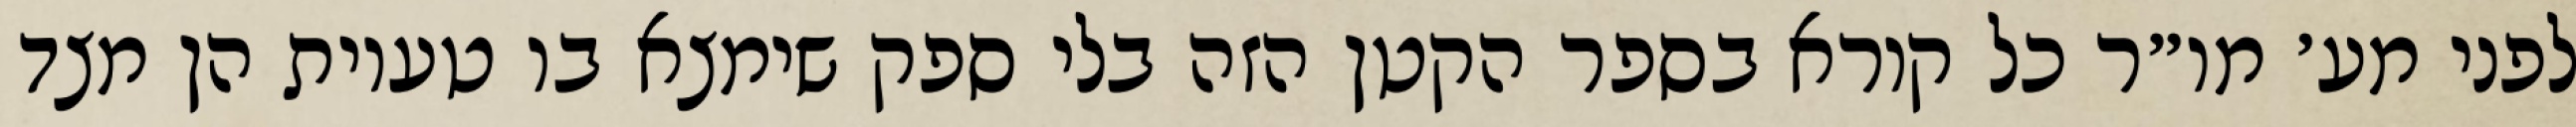
לפני מע׳ מו״ר כל קורא בספר הקטן הזה בלי ספק שימצא בו טעיות הן מצד